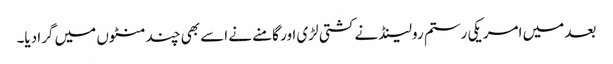
بعد میں امریکی رستم رولینڈ نے کشتی لڑی اور گامنے نے اسے بھی چند منٹوں میں گرا دیا۔